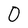
Character: 0